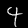
Digit: 4